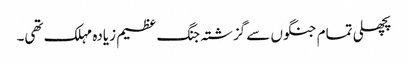
پچھلی تمام جنگوں سے گزشتہ جنگ عظیم زیادہ مہلک تھی۔